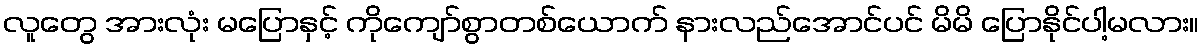
လူတွေ အားလုံး မပြောနှင့် ကိုကျော်စွာတစ်ယောက် နားလည်အောင်ပင် မိမိ ပြောနိုင်ပါ့မလား။